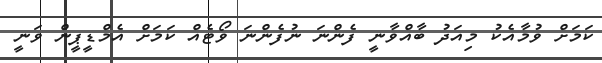
ކަމަށް ވުމާއެކު މިއަދު ބާއްވާނީ ފެންނަ ނުފެންނަ ވޯޓެއް ކަމަށް އެމްޑީޕީން ވަނީ